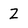
Character: 2